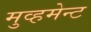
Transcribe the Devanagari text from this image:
मुव्हमेन्ट